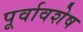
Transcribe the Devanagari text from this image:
पूर्वावशेष